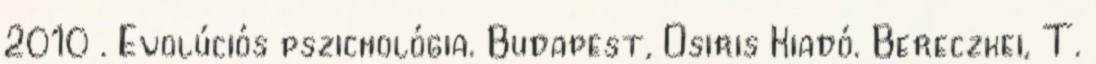
2010 . Evolúciós pszichológia. Budapest, Osiris Kiadó. Bereczkei, T.